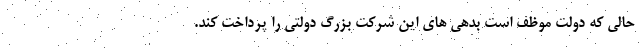
حالی که دولت موظف است بدهی های این شرکت بزرگ دولتی را پرداخت کند.